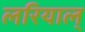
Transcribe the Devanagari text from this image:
लरियाल्